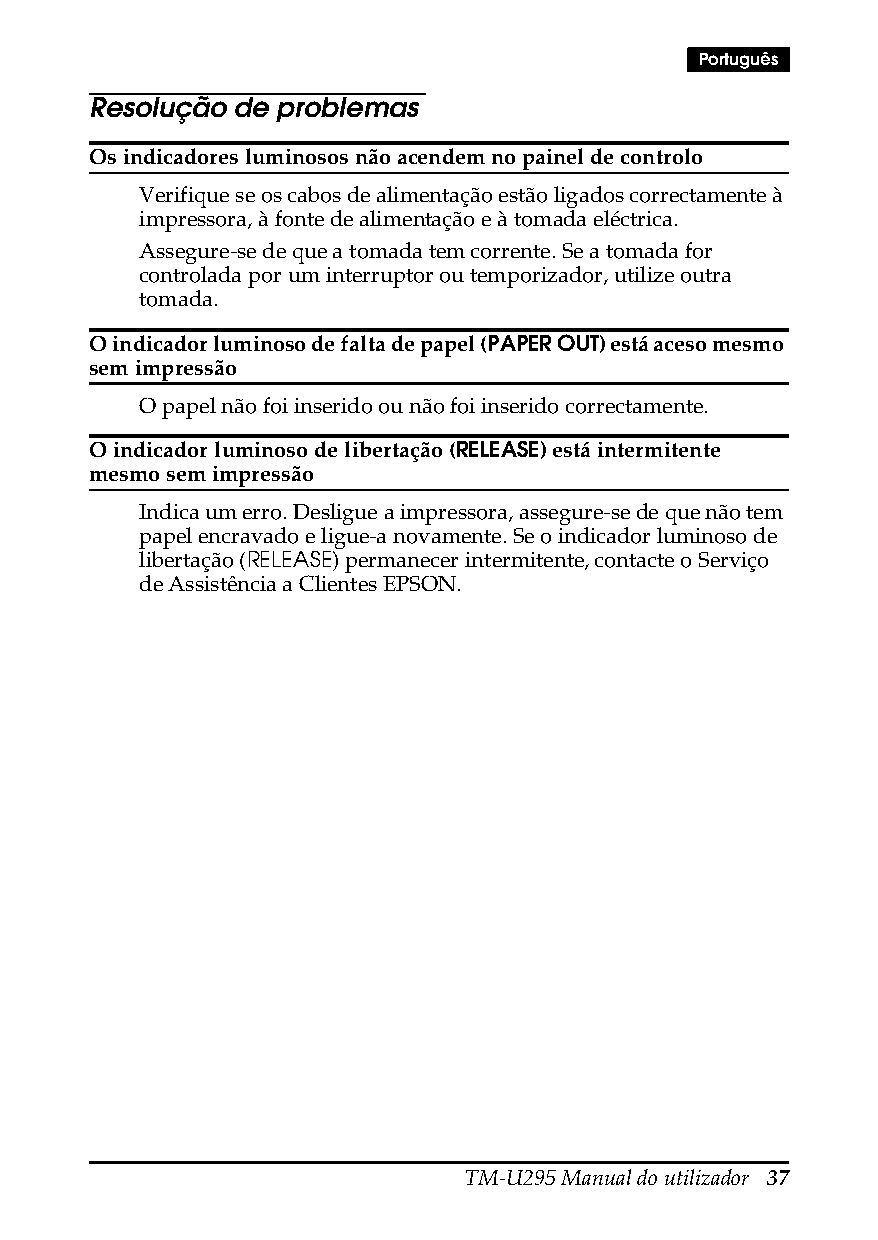
Português
 Resolução de problemas
 Os indicadores luminosos não acendem no painel de controlo
 Verifique se os cabos de alimentação estão ligados correctamente à
 impressora, à fonte de alimentação e à tomada eléctrica.
 Assegure-se de que a tomada tem corrente. Se a tomada for
 controlada por um interruptor ou temporizador, utilize outra
 tomada.
 O indicador luminoso de falta de papel (PAPER OUT) está aceso mesmo
 sem impressão
 O papel não foi inserido ou não foi inserido correctamente.
 O indicador luminoso de libertação (RELEASE) está intermitente
 mesmo sem impressão
 Indica um erro. Desligue a impressora, assegure-se de que não tem
 papel encravado e ligue-a novamente. Se o indicador luminoso de
 libertação (RELEASE) permanecer intermitente, contacte o Serviço
 de Assistência a Clientes EPSON.
 TM-U295 Manual do utilizador 37